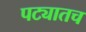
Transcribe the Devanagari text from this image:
पट्यातच